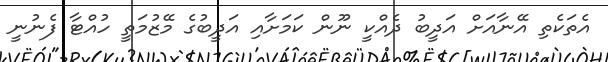
އެތަކެތި އޭނާއަށް އަދީބު ދެއްކީ ނޫން ކަމަށާއި އަދީބުގެ މޭޒުމަތީ ހުއްޓާ ފެނުނީ